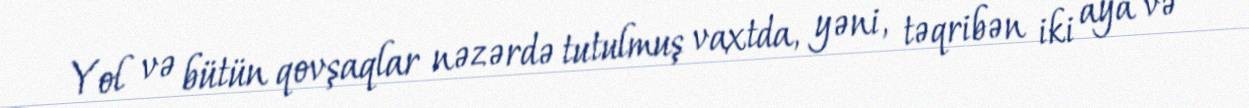
Yol və bütün qovşaqlar nəzərdə tutulmuş vaxtda, yəni, təqribən iki aya və